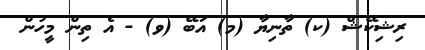
ރިޝިކޭޝް (ކ) ތާނިޔާ (މ) އަބޭ (ވ) - އެ ތިން މީހުން